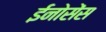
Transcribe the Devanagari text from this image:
ईनोसेंस